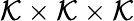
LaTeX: \mathcal{K}\times\mathcal{K}\times\mathcal{K}